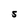
Character: S